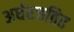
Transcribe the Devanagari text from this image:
अर्धरजतित